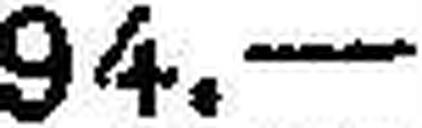
94. —